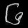
Digit: ၆